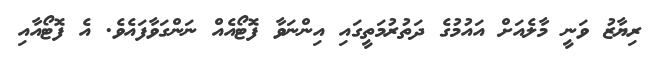
ރިޔާޒު ވަނީ މާލެއަށް އައުމުގެ ދަތުރުމަތީގައި އިންނަވާ ފޮޓޯއެއް ނަންގަވާފައެވެ. އެ ފޮޓޯއާއި